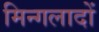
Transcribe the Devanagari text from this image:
मिन्गलादों